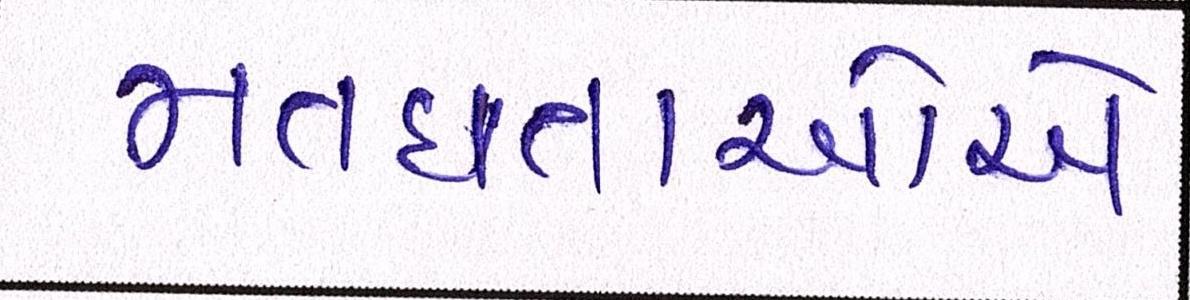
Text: મતદાતાઓએ